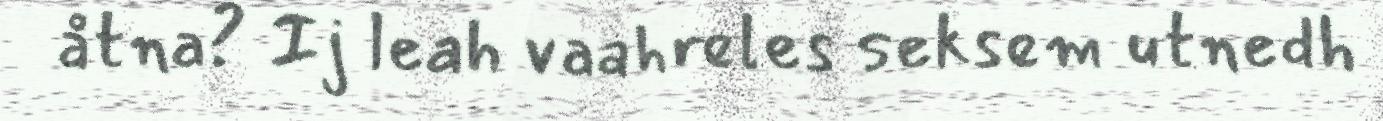
åtna? Ij leah vaahreles seksem utnedh